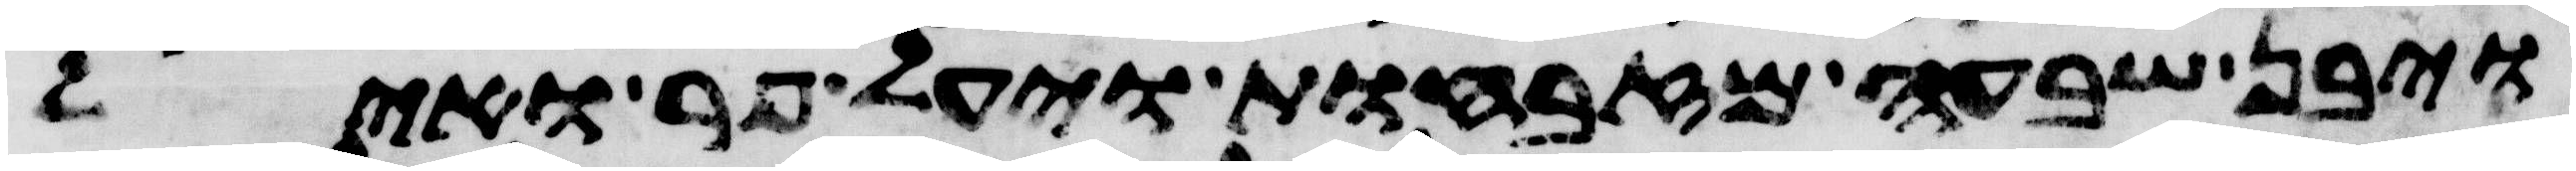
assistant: ויבן שבעה מזבחות ויעל פר ואיל